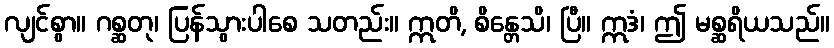
လျင်စွာ။ ဂစ္ဆတု၊ ပြန်သွားပါစေ သတည်း။ ဣတိ, စိန္တေသိ၊ ပြီ။ ဣဒံ၊ ဤ မစ္ဆရိယသည်။